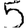
Digit: 5